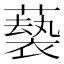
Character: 𫉵